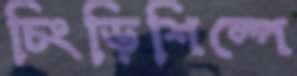
চিংড়িশিল্পে